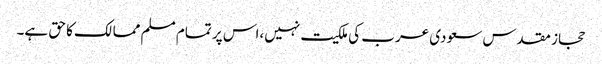
حجاز مقدس سعودی عرب کی ملکیت نہیں،اس پر تمام مسلم ممالک کا حق ہے۔